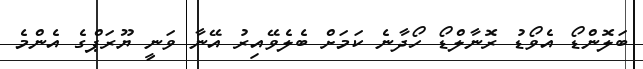
ބަލޮންޑޯ އެވޯޑު ރޮނާލްޑޯ ހޯދާނެ ކަމަށް ބެލެވޭއިރު އޭނާ ވަނީ ޔޫރަޕްގެ އެންމެ